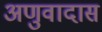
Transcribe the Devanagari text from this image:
अणुवादास